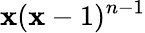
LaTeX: \mathbf{x}(\mathbf{x}-1)^{n-1}